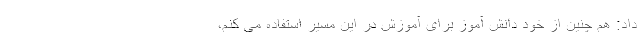
داد: هم چنین از خود دانش آموز برای آموزش در این مسیر استفاده می کنم،